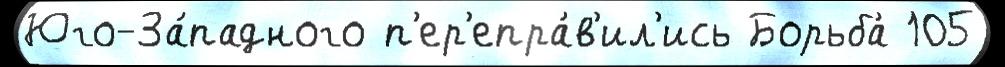
Юго-За́падного п'ер'епра́в'ил'ись Борьба́ 105